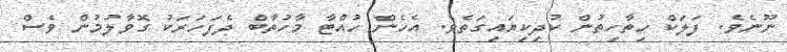
ނޫނެވެ. ފަލަކް ހިތާހިތުން ކުދިކިޔައިގަތެވެ. އެހެން ހުއްޓާ މާހުތާބް ދެފަހަރަކު ގޮވާލުމުން ވެސް